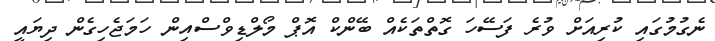
ނެގުމުގައި ކުރިއަށް ވުރެ ފަސޭހަ ގޮތްތަކެއް ބޭންކް އޮޕް މޯލްޑިވްސްއިން ހަމަޖެހިގެން ދިޔައީ